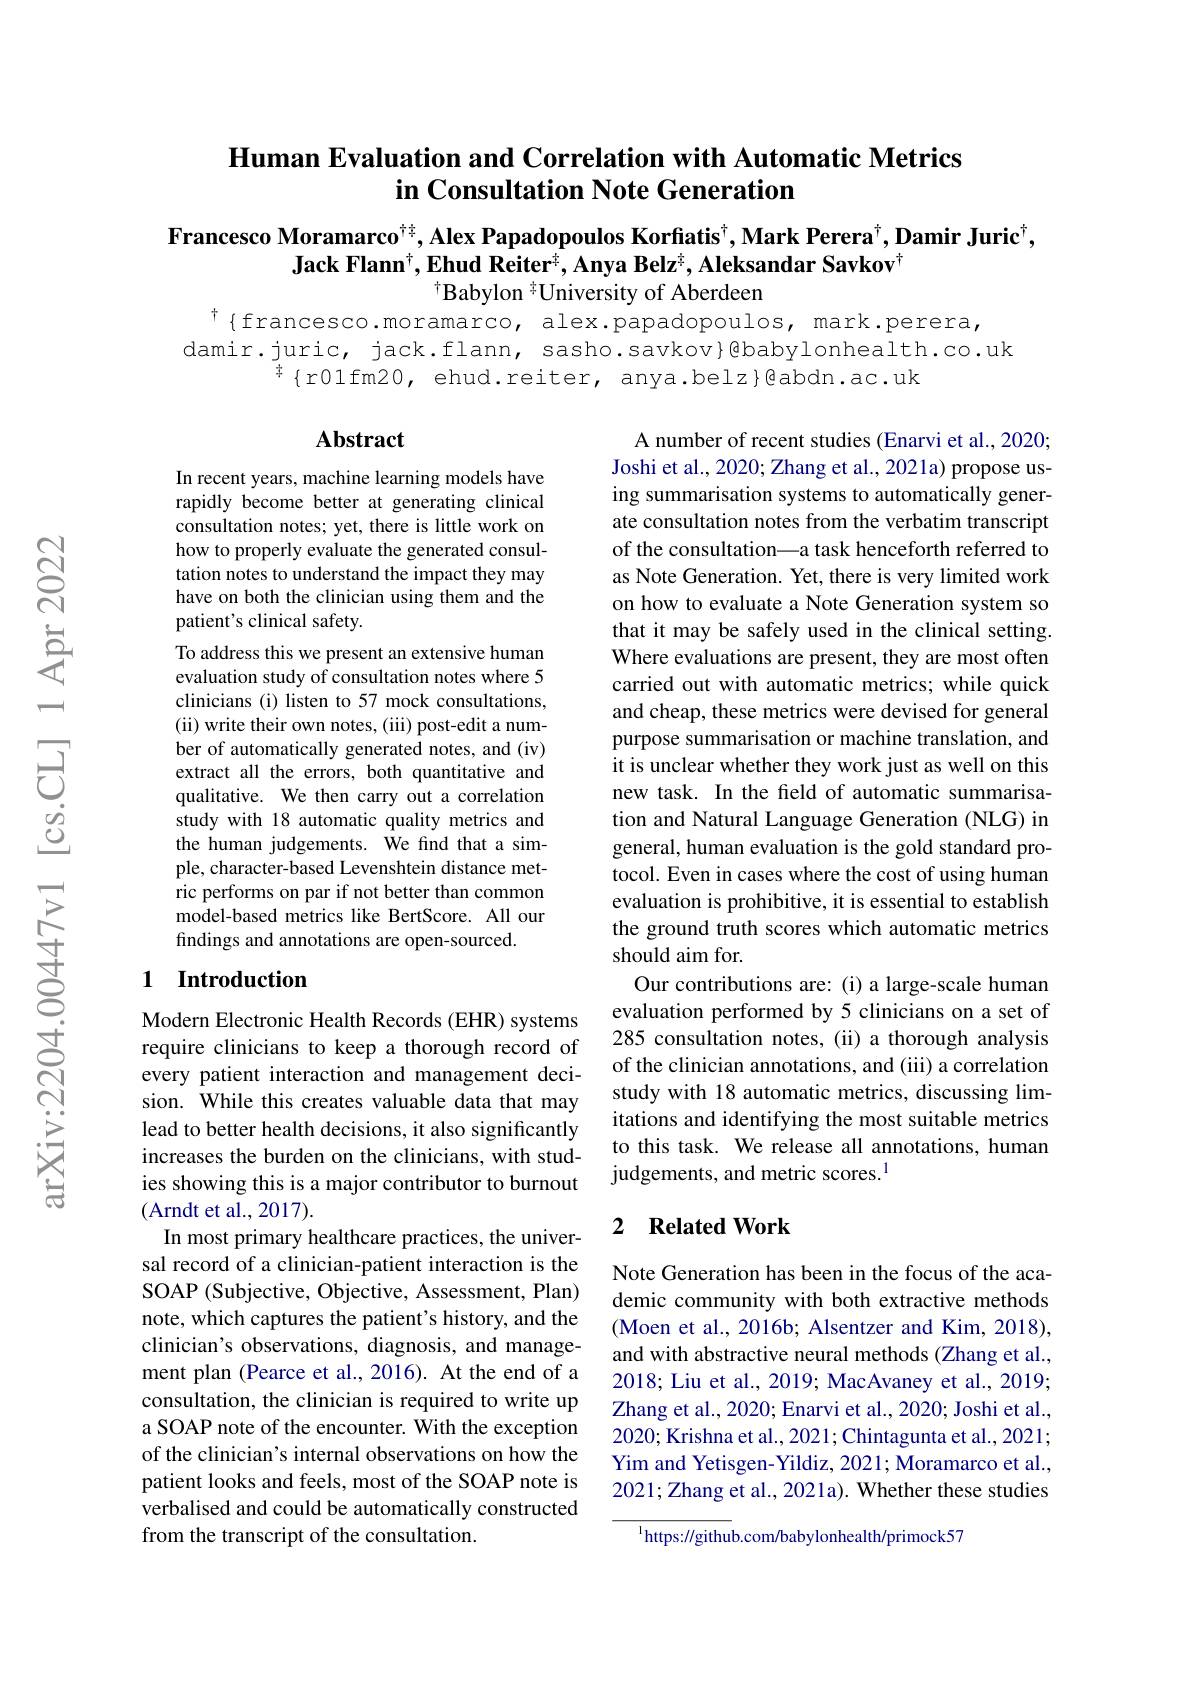
## Human Evaluation and Correlation with Automatic Metrics in Consultation Note Generation

Francesco Moramarco$^{\dagger\underline{x}}$, Alex Papadopoulos Korfiatis$^\dagger$, Mark Perera$^\dagger$,Damir Juric$^\dagger$,
Jack Flann$^\dagger,\textbf{Ehud Reiter}^{\#},\textbf{Anya Belz}^{\#},\textbf{Aleksandar Savkov}^{\dagger}$
$^{\dagger}$Babylon $^{\ddagger}$University of Aberdeen
$^{\dagger}\{$francesco.moramarco, alex.papadopoulos, mark.perera,

damir.juric, jack.flann, sasho.savkov}@babylonhealth.co.uk
${\frac{1}{7}}\{$rOlfm20, ehud.reiter, anya.belz}@abdn.ac.uk

## Abstract

In recent years, machine learning models have rapidly become better at generating clinical consultation notes; yet, there is little work on how to properly evaluate the generated consultation notes to understand the impact they may have on both the clinician using them and the patient's clinical safety.
To address this we present an extensive human evaluation study of consultation notes where 5 clinicians (i) listen to 57 mock consultations, (ii) write their own notes, (iii) post-edit a number of automatically generated notes, and (iv) extract all the errors, both quantitative and qualitative. We then carry out a correlation study with 18 automatic quality metrics and the human judgements. We find that a simple, character-based Levenshtein distance metric performs on par if not better than common model-based metrics like BertScore. All our findings and annotations are open-sourced.

A number of recent studies (Enarvi et al., 2020; Joshi et al., 2020; Zhang et al., 2021a) propose using summarisation systems to automatically generate consultation notes from the verbatim transcript of the consultation\_a task henceforth referred to as Note Generation. Yet, there is very limited work on how to evaluate a Note Generation system so that it may be safely used in the clinical setting. Where evaluations are present, they are most often carried out with automatic metrics; while quick and cheap, these metrics were devised for general purpose summarisation or machine translation, and it is unclear whether they work just as well on this new task. In the field of automatic summarisation and Natural Language Generation (NLG) in general, human evaluation is the gold standard protocol. Even in cases where the cost of using human evaluation is prohibitive, it is essential to establish the ground truth scores which automatic metrics should aim for.
Our contributions are: (i) a large-scale human evaluation performed by 5 clinicians on a set of 285 consultation notes, (ii) a thorough analysis of the clinician annotations, and (iii) a correlation study with 18 automatic metrics, discussing limitations and identifying the most suitable metrics to this task. We release all annotations, human judgements, and metric scores.$^{1}$

### 1 Introduction

## 2 $\textbf{Related Work}$

Modern Electronic Health Records (EHR) systems require clinicians to keep a thorough record of every patient interaction and management decision. While this creates valuable data that may lead to better health decisions, it also significantly increases the burden on the clinicians, with studies showing this is a major contributor to burnout (Arndt et al., 2017).
In most primary healthcare practices, the universal record of a clinician-patient interaction is the SOAP (Subjective, Objective, Assessment, Plan) note, which captures the patient's history, and the clinician's observations, diagnosis, and management plan (Pearce et al., 2016). At the end of a consultation, the clinician is required to write up a SOAP note of the encounter. With the exception of the clinician's internal observations on how the patient looks and feels, most of the SOAP note is verbalised and could be automatically constructed from the transcript of the consultation.

Note Generation has been in the focus of the academic community with both extractive methods (Moen et al., 2016b; Alsentzer and Kim, 2018), and with abstractive neural methods (Zhang et al., 2018; Liu et al., 2019; MacAvaney et al., 2019; Zhang et al., 2020; Enarvi et al., 2020; Joshi et al., 2020; Krishna et al., 2021; Chintagunta et al., 2021; Yim and Yetisgen-Yildiz, 2021; Moramarco et al., 2021; Zhang et al., 2021a). Whether these studies

$^{1}$https://github.com/babylonhealth/primock57